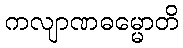
ကလျာဏဓမ္မောတိ